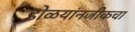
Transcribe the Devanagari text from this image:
डोळयांनजीकचा